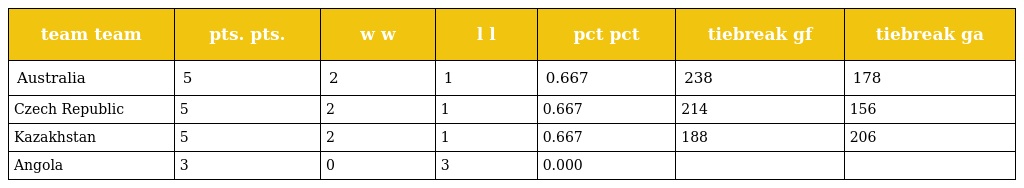
| team team | pts. pts. | w w | l l | pct pct | tiebreak gf | tiebreak ga |
 | --- | --- | --- | --- | --- | --- | --- |
 | Australia | 5 | 2 | 1 | 0.667 | 238 | 178 |
 | Czech Republic | 5 | 2 | 1 | 0.667 | 214 | 156 |
 | Kazakhstan | 5 | 2 | 1 | 0.667 | 188 | 206 |
 | Angola | 3 | 0 | 3 | 0.000 |  |  |